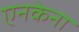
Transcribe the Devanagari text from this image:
एनकेना